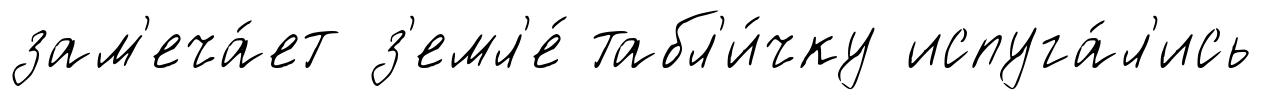
зам'еча́ет з'емл'е́ табл'и́чку испуга́л'ись